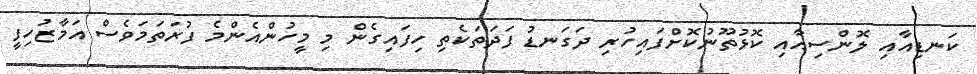
ކަނޑިއާއި ލޮންސިއާއި ކޮޅުތޫނުކޮށްފައިހުރި ދަގަނޑު ފަދަތަކެތި ހިފައިގެން މި މީހުންއެންމެ ފުރަތަމަވެސް އަމާޒުހިފީ